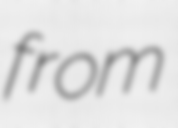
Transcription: from